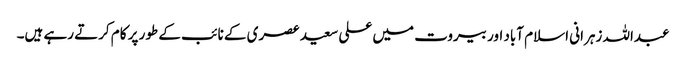
عبداللہ زہرانی اسلام آباد اور بیروت میں علی سعید عصری کے نائب کے طور پر کام کرتے رہے ہیں۔